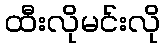
ထီးလိုမင်းလို